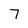
Character: 7